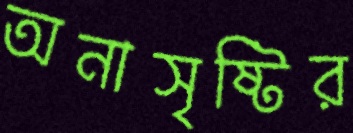
অনাসৃষ্টির